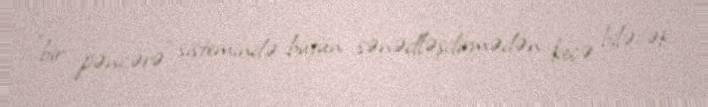
"bir pəncərə" sistemində bütün sənədləşdirmədən keçə biləcək.